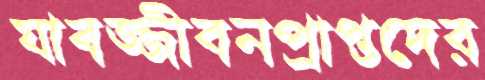
যাবজ্জীবনপ্রাপ্তদের